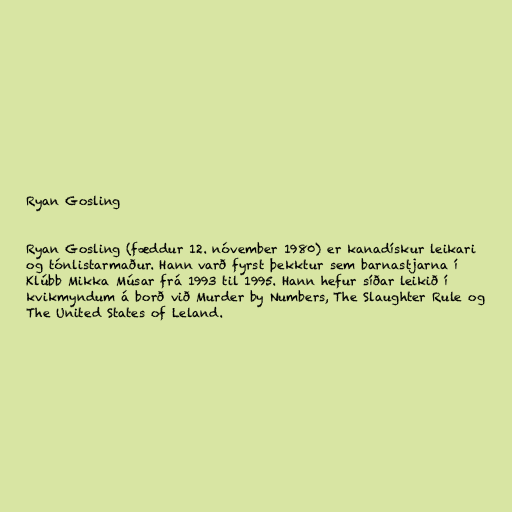
Ryan Gosling

Ryan Gosling (fæddur 12. nóvember 1980) er kanadískur leikari
og tónlistarmaður. Hann varð fyrst þekktur sem barnastjarna í
Klúbb Mikka Músar frá 1993 til 1995. Hann hefur síðar leikið í
kvikmyndum á borð við Murder by Numbers, The Slaughter Rule og
The United States of Leland.